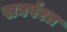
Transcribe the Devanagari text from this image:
सघर्षरत